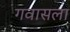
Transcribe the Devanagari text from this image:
गवासला